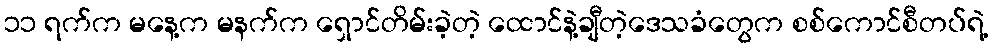
၁၁ ရက်က မနေ့က မနက်က ရှောင်တိမ်းခဲ့တဲ့ ထောင်နဲ့ချီတဲ့ဒေသခံတွေက စစ်ကောင်စီတပ်ရဲ့